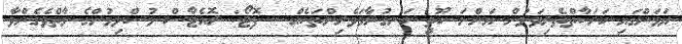
ޔަމަންގައި ހަރަކާތްތެރިވަމުން އަންނަ ހޫތީ ހަނގުރާމަވެރިންތަކެއް - ފޮޓޯ: ރޮއެޓާސް މުސްލިމުންގެ މާތްވެގެންވާ